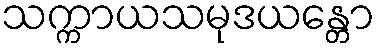
သက္ကာယသမုဒယန္တော